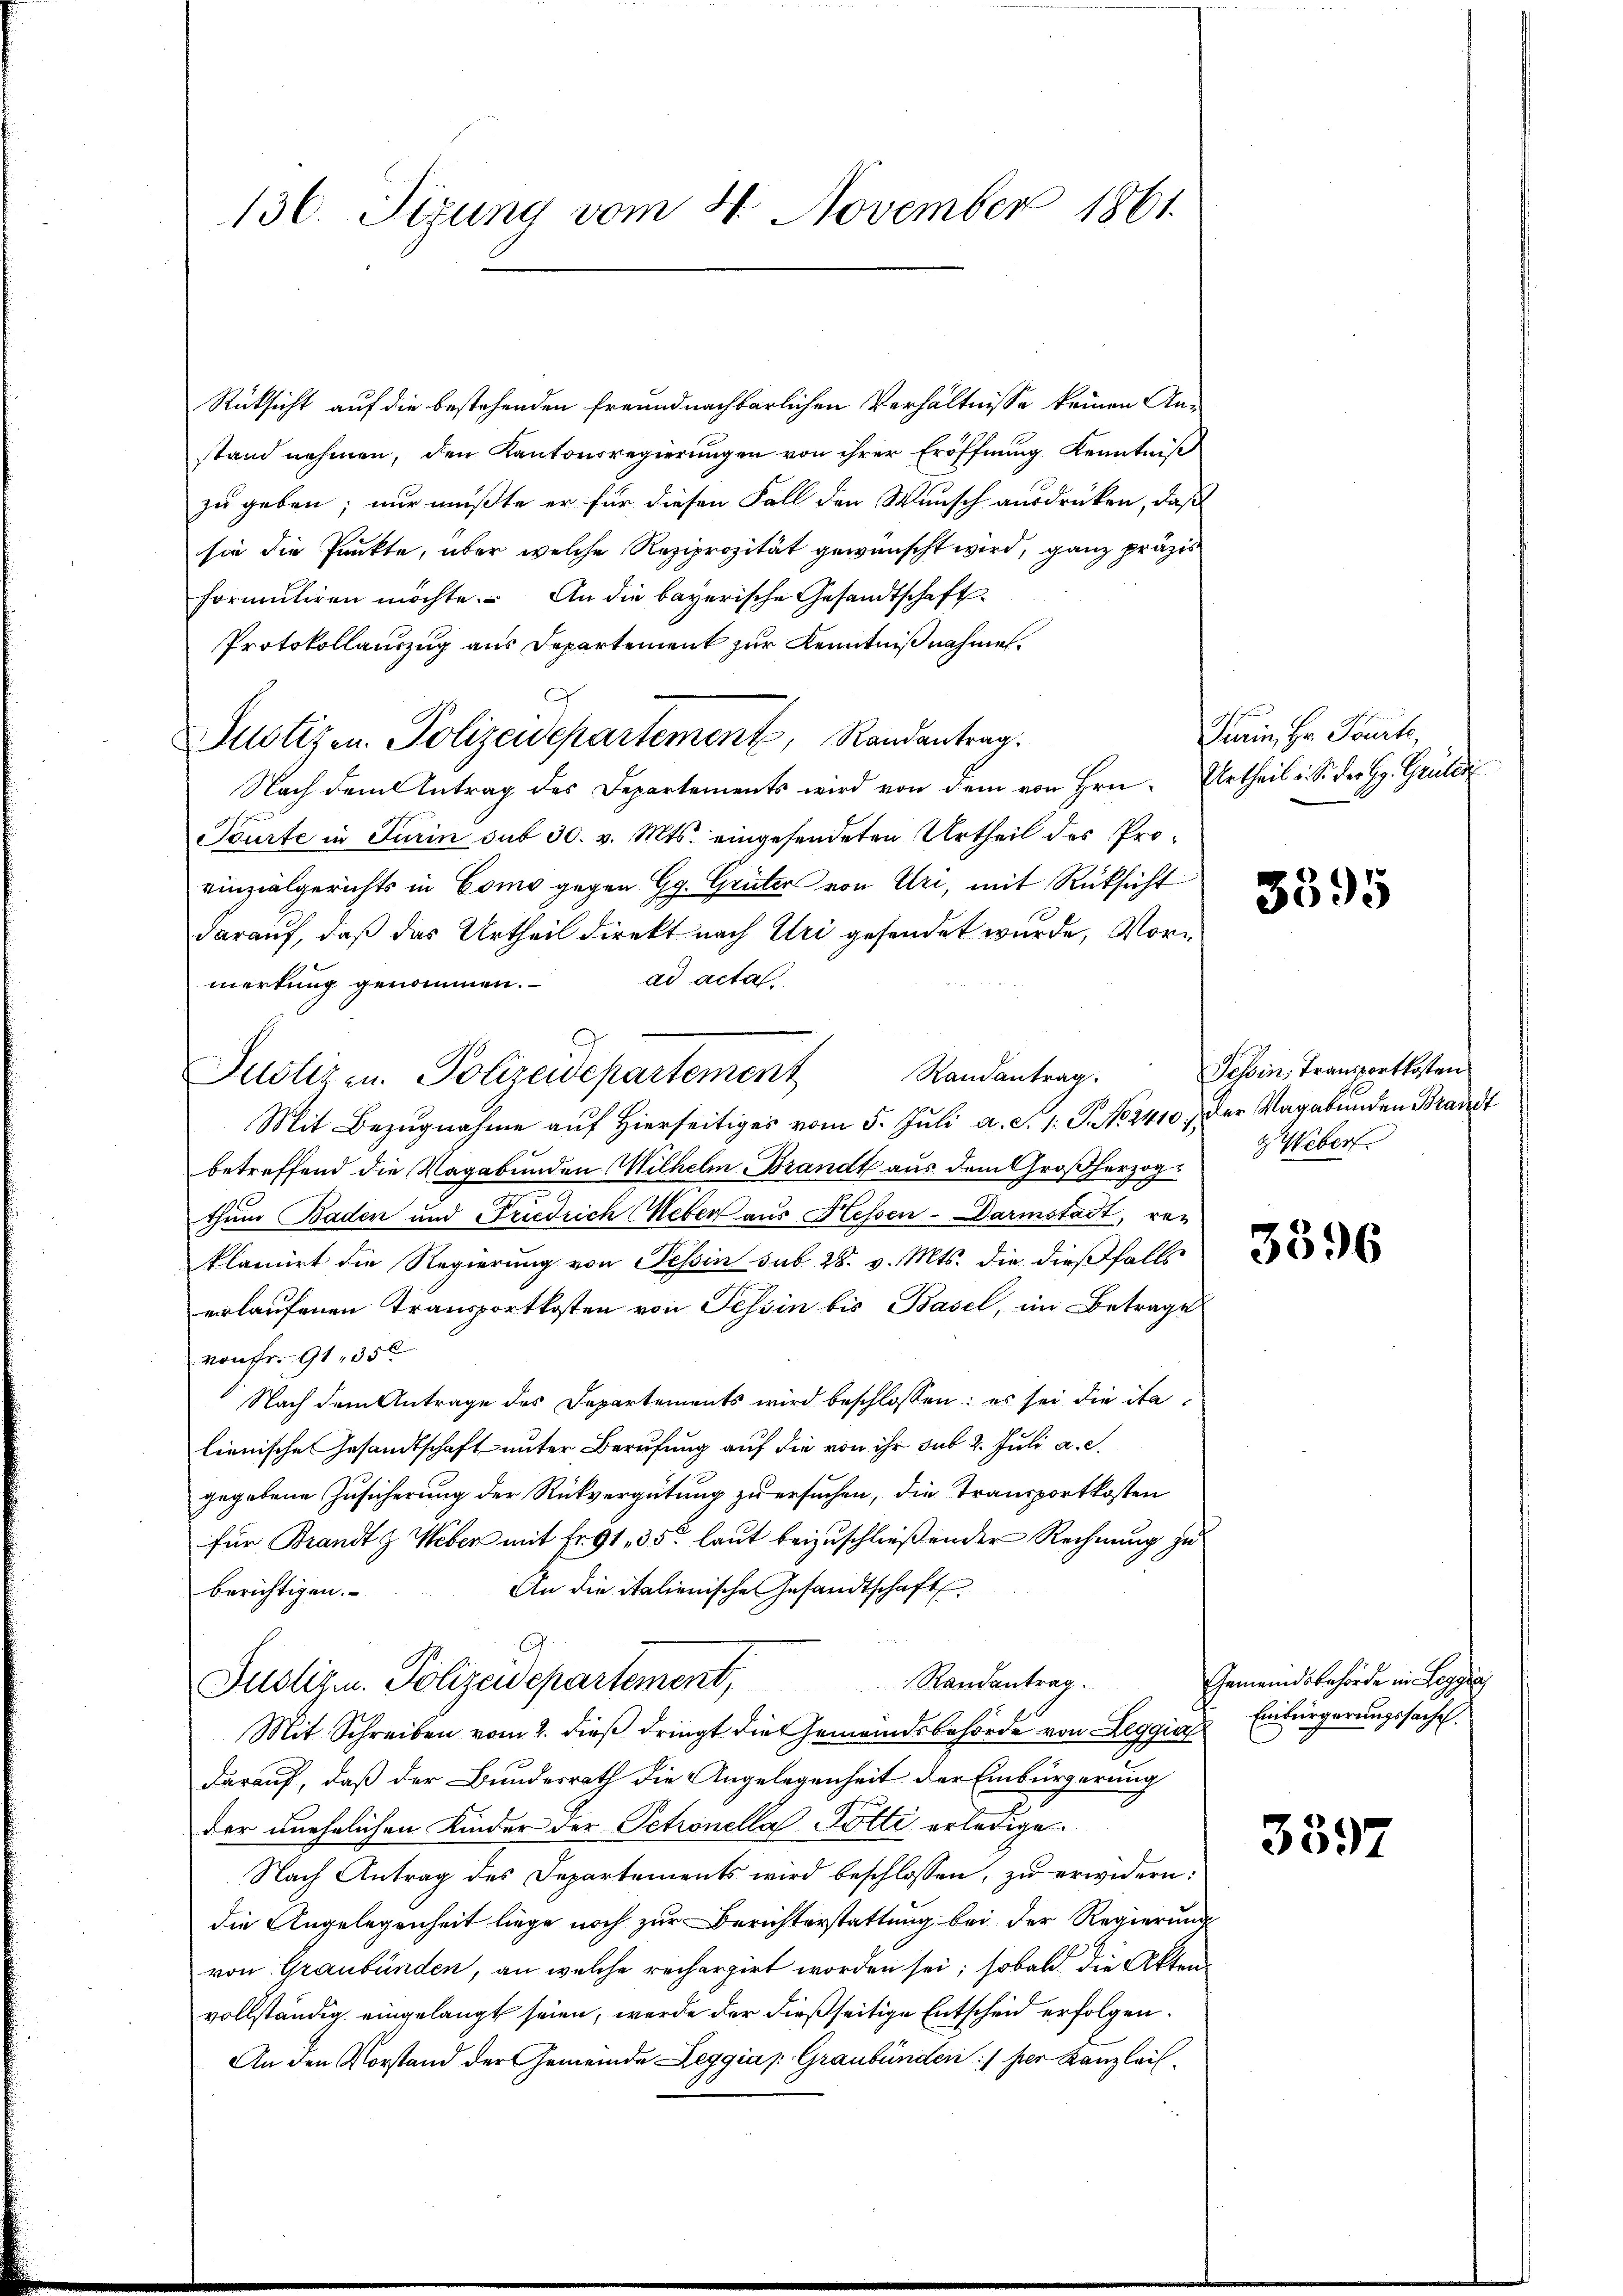
130. Sigung vom 4 November 1861.

Rücksicht auf die bestehenden Freundnachbarlichen Verhältnisse keinen Anstand nehmen, den Kantonsregierungen von ihrer Eröffnung Kenntniß
zu geben; nur mußte er für diesen Fall den Wunsch ausdrücken, daß
sie die Punkte, über welche Reziprozität gewünscht wird, ganz präzis
formuliren möchte. An die bayerische Gesandtschaft
Protokollauszug aus Departement zur Kenntnißnahmen.
A
Justizen Polizeidepartement, Randantrag.
Nach dem Antrag des Departements wird von dem von Hrn. Urtheil u. S. der Hr. Grüter
Sourte in Turin sub 30. v. Mts. eingesendeten Urtheil des Provinzialgerichts in Como gegen Gg. Grüter von Uri, mit Rüksicht
darauf, daß das Urtheil direkt nach Uri gesendet wurde, Vorad acta.
merkung genommen.
Randantrag.
Mit Bezŭgnahme aŭf hierseitiges vom 5. Jŭli a. S. 1. S. 2410. der Vagabenden Brandt
betreffend die Vagabunden Wilhelm Brandt aus dem Großherzogthum Baden und Friedrich Weber aus Hessen-Darmstadt, rez
klamirt die Regierung von Tessin sub 28. v. Mts. die dießfalls
erlaufenen Transportkosten von Tessin bis Basel, im Betrage
vonFr. 91, 35 x
Nach dem Antrage des Departements wird beschlossen: es sei die ita
lienische Gesandtschaft unter Berufung auf die von ihr sub 2. Juli a. c.
gegebene Zusicherung der Rückvergütung zu ersuchen, die Transportkosten
für Brandtg Weber mit Fr. 91, 35 laut beizuschließender Rechnung zu
An die italienische Gesandtschaft
berichtigen.
Justiz. Polizeidepartement, Randantrag.
Mit Schreiben vom 2. dieβ dringt die Gemeindsbehörde von Leggia
darauf, daß der Bundesrath die Angelegenheit der Einbürgerung
der unehelichen Kinder der Petronella Potti erledige.
Nach Antrag des Departements wird beschlossen, zu erwidern:
die Angelegenheit liege noch zur Berichterstattung bei der Regierung
von Graubünden, an welche recherzirt worden sei; sobald die Akten
vollständig eingelangt seien, werde der dießseitige Entscheid erfolgen.
An den Vorstand der Gemeinde Leggia   Graubünden :/ der Kanzleil

.
Justiz u. Polizeidepartement

Turin, Hr. Tourte,

3395

Tessin, Tranzortkosten
z Weber

3596

Gemeindsbehörde in Leggia
Einbürgerungssache

3397